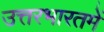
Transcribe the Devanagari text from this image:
उत्तरभारतमें